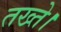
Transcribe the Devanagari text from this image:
तख्ते।